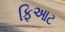
ફિઆટ